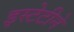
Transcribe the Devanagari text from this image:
इस्टेटीने